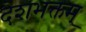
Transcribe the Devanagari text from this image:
देशभक्तम्